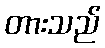
တားသည်